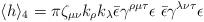
LaTeX: \begin{align*}\langle h\rangle_4=\pi \zeta_{\mu\nu}k_\rho k_\lambda \bar{\epsilon}\gamma^{\rho\mu\tau}\epsilon \;\bar{\epsilon}\gamma^{\lambda\nu\tau}\epsilon\end{align*}